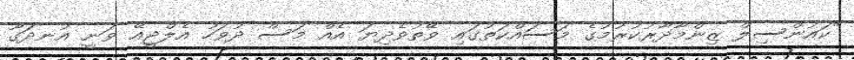
"ކައުންސިލް ޒިންމާދާރުކުރުމުގެ މަސައްކަތުގައި ވޭތުވެދިޔަ އެއް މަސް ދުވަހު އެލްޖީއޭ ވަނީ އުނދަގޫ